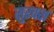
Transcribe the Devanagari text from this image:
सुरक्श